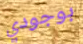
بوجودي